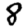
Digit: 8